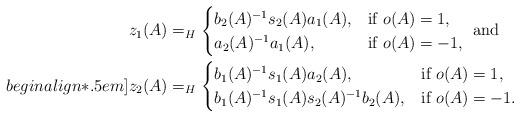
LaTeX: \begin{align*}z_1(A)&=_H\begin{cases} b_2(A)^{-1}s_2(A)a_1(A), & \textrm{if } o(A)=1,\\a_2(A)^{-1}a_1(A), & \textrm{if } o(A)=-1,\end{cases}\textrm{ and }\\begin{align*}.5em] z_2(A)&=_H \begin{cases} b_1(A)^{-1}s_1(A)a_2(A), & \textrm{if } o(A)=1,\\b_1(A)^{-1}s_1(A)s_2(A)^{-1}b_2(A), & \textrm{if } o(A)=-1.\end{cases}\end{align*}